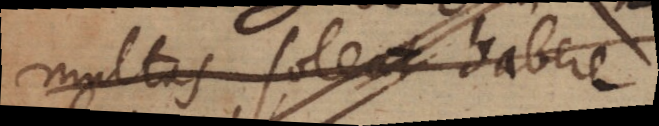
multas soleat habere